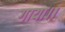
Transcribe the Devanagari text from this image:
गाया।।